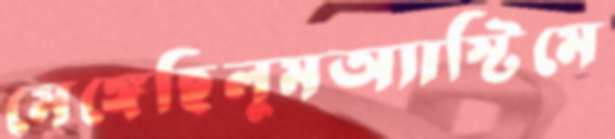
মেঙ্গেছিলুমঅ্যাস্টিমে